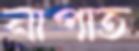
নাপাত